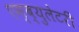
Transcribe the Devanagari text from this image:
एम्ब्युलेटरी